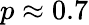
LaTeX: p\approx 0.7